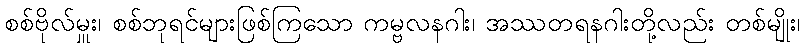
စစ်ဗိုလ်မှူး၊ စစ်ဘုရင်များဖြစ်ကြသော ကမ္ဗလနဂါး၊ အဿတရနဂါးတို့လည်း တစ်မျိုး၊